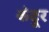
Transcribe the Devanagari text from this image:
कंदूर